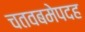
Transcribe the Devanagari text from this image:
चतवबमेपदह